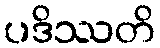
ပဒိဿတိ